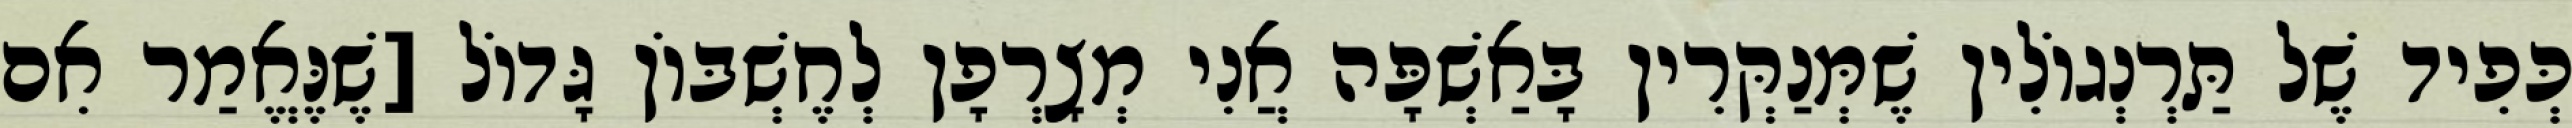
כְּפִיד שֶׁל תַּרְנְגוֹלִין שֶׁמְּנַקְּרִין בָּאַשְׁפָּה אֲנִי מְצָרְפָן לְחֶשְׁבּוֹן גָּדוֹל [שֶׁנֶּאֱמַר אִם